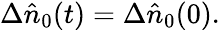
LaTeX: \Delta\hat{n}_{0}(t)=\Delta\hat{n}_{0}(0).